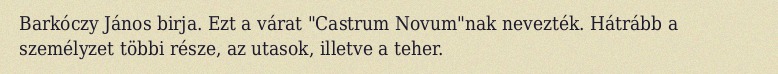
Barkóczy János birja. Ezt a várat "Castrum Novum"nak nevezték. Hátrább a személyzet többi része, az utasok, illetve a teher.